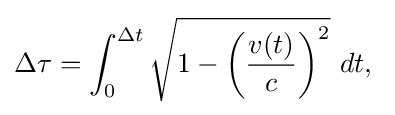
\Delta \tau =\int _{0}^{\Delta t}{\sqrt {1-\left({\frac {v(t)}{c}}\right)^{2}}}\ dt,\